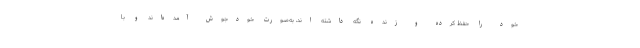
خود را حفظ کرده و زنده نگه داشته اند، به‌صورت خودجوش آمده‌اند و با